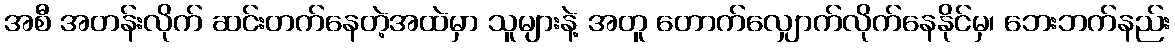
အစီ အတန်းလိုက် ဆင်းတက်နေတဲ့အထဲမှာ သူများနဲ့ အတူ တောက်လျှောက်လိုက်နေနိုင်မှ၊ ဘေးဘက်နည်း